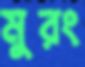
মুরং